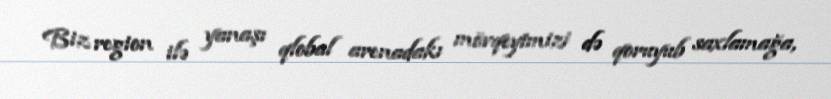
Biz region ilə yanaşı qlobal arenadakı mövqeyimizi də qoruyub saxlamağa,